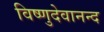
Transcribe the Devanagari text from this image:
विष्णुदेवानन्द